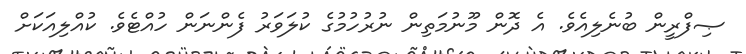
ޞިފްރީން ބުނެލިއެވެ. އެ ދޮން މޫނުމަތިން ނުރުހުމުގެ ކުލަވަރު ފެންނަން ހުއްޓެވެ. ކުއްލިއަކަށް